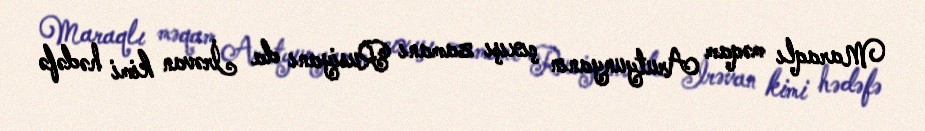
Maraqlı məqam Arutyunyanın çıxışı zamanı Rusiyanı da İrəvan kimi hədəfə